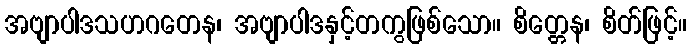
အဗျာပါဒသဟဂတေန၊ အဗျာပါဒနှင့်တကွဖြစ်သော။ စိတ္တေန၊ စိတ်ဖြင့်။